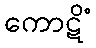
ကောဋိံ